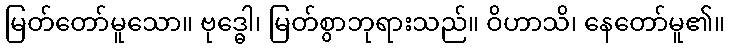
မြတ်တော်မူသော။ ဗုဒ္ဓေါ၊ မြတ်စွာဘုရားသည်။ ဝိဟာသိ၊ နေတော်မူ၏။